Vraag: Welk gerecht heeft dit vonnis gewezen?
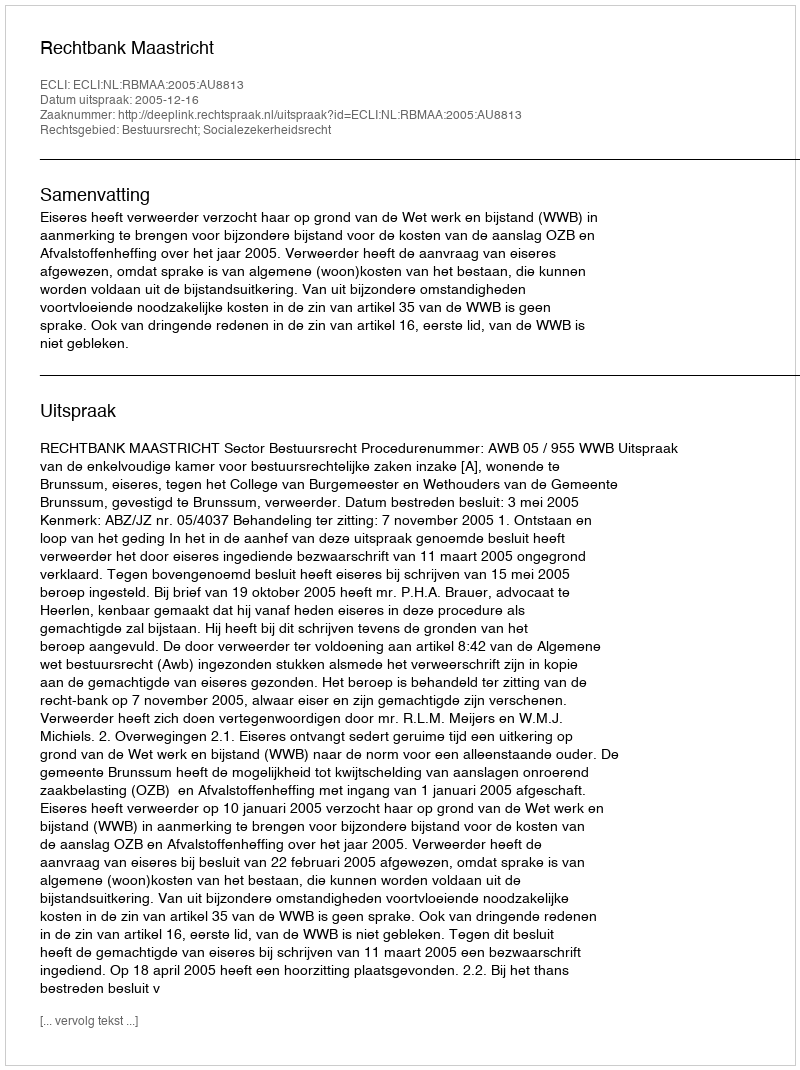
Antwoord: Rechtbank Maastricht